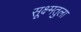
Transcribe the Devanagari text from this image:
सूक्ष्मतुला